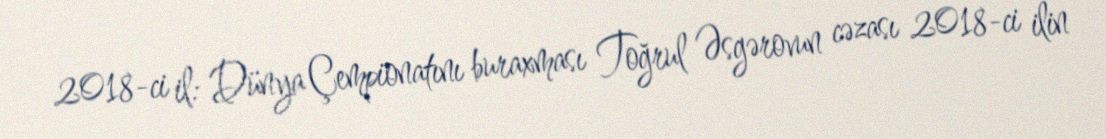
2018-ci il: Dünya Çempionatını buraxması Toğrul Əsgərovun cəzası 2018-ci ilin